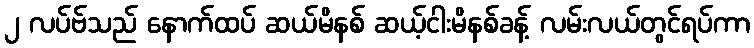
၂ လပ်ဗ်သည် နောက်ထပ် ဆယ်မိနစ် ဆယ့်ငါးမိနစ်ခန့် လမ်းလယ်တွင်ရပ်ကာ